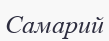
Самарий